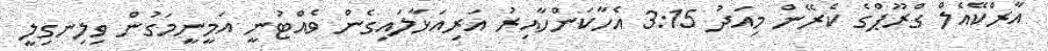
އާރްކޭއެލް ގްރޫޕްގެ ކެރޭން މިއަދު 3:15 އެހާކަންހާއިރު އަރިއަޅާލައިގެން ވެއްޓުނީ އަމީނީމަގުން ވިލިނގިލީ